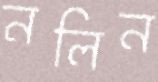
নলিন